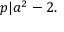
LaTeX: p | a ^ { 2 } - 2 .